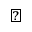
\triangledown